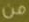
من